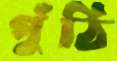
পুঁঠি